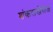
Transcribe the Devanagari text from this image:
शंकराखेरीज